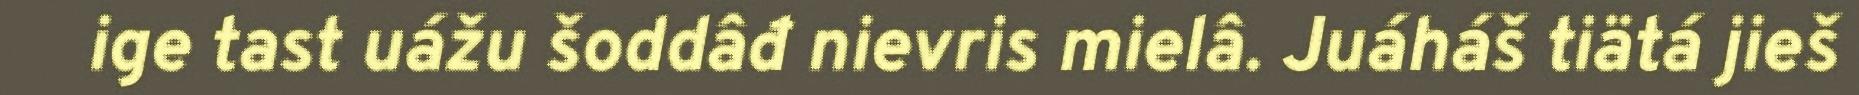
ige tast uážu šoddâđ nievris mielâ. Juáháš tiätá jieš